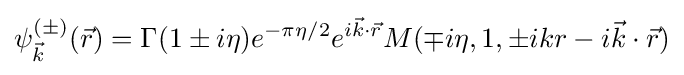
\psi _{\vec {k}}^{(\pm )}({\vec {r}})=\Gamma (1\pm i\eta )e^{-\pi \eta /2}e^{i{\vec {k}}\cdot {\vec {r}}}M(\mp i\eta ,1,\pm ikr-i{\vec {k}}\cdot {\vec {r}})